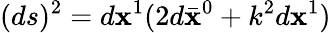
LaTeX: (ds)^{2}=d\mathbf{x}^{1}(2d\bar{{\mathbf{x}}}^{0}+k^{2}d\mathbf{x}^{1})